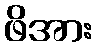
ဖိအား